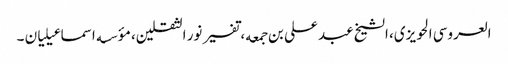
العروسی الحویزی، الشیخ عبد علی بن جمعه، تفسیر نور الثقلین، مؤسسه اسماعیلیان ۔